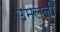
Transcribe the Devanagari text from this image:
उमलली